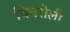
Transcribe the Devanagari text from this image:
चिचरोली